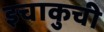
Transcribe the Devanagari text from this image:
इचाकुची